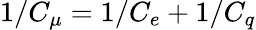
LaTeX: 1/C_{\mu}=1/C_{e}+1/C_{q}